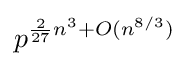
p^{{\frac {2}{27}}n^{3}+O(n^{8/3})}